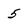
Character: 5